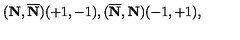
( { \bf N } , { \overline { { \bf N } } } ) ( + 1 , - 1 ) , ( { \overline { { \bf N } } } , { { \bf N } } ) ( - 1 , + 1 ) ,